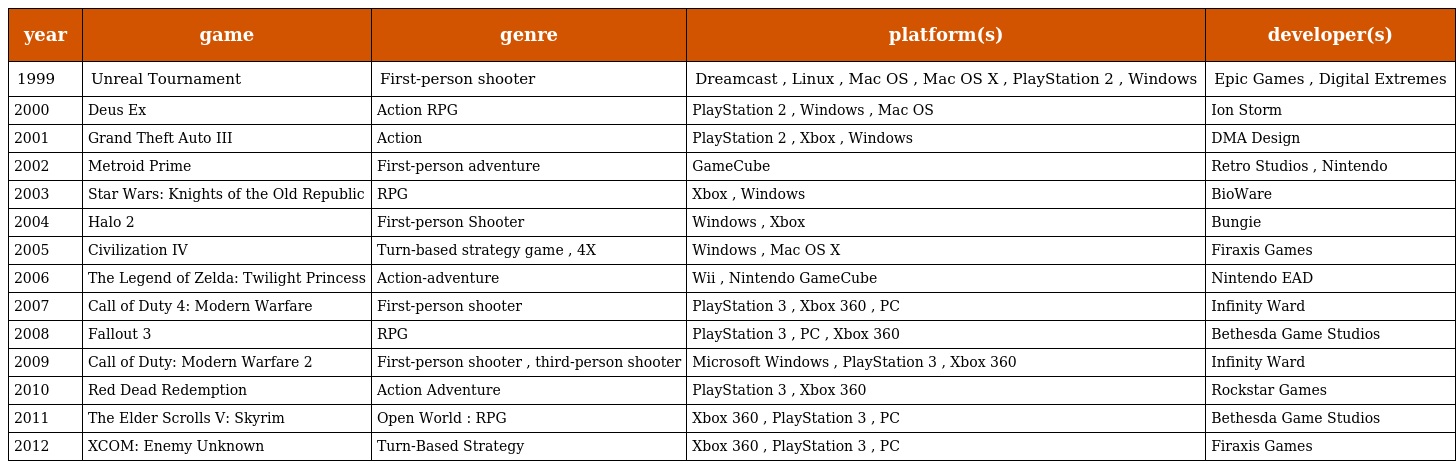
| year | game | genre | platform(s) | developer(s) |
 | --- | --- | --- | --- | --- |
 | 1999 | Unreal Tournament | First-person shooter | Dreamcast , Linux , Mac OS , Mac OS X , PlayStation 2 , Windows | Epic Games , Digital Extremes |
 | 2000 | Deus Ex | Action RPG | PlayStation 2 , Windows , Mac OS | Ion Storm |
 | 2001 | Grand Theft Auto III | Action | PlayStation 2 , Xbox , Windows | DMA Design |
 | 2002 | Metroid Prime | First-person adventure | GameCube | Retro Studios , Nintendo |
 | 2003 | Star Wars: Knights of the Old Republic | RPG | Xbox , Windows | BioWare |
 | 2004 | Halo 2 | First-person Shooter | Windows , Xbox | Bungie |
 | 2005 | Civilization IV | Turn-based strategy game , 4X | Windows , Mac OS X | Firaxis Games |
 | 2006 | The Legend of Zelda: Twilight Princess | Action-adventure | Wii , Nintendo GameCube | Nintendo EAD |
 | 2007 | Call of Duty 4: Modern Warfare | First-person shooter | PlayStation 3 , Xbox 360 , PC | Infinity Ward |
 | 2008 | Fallout 3 | RPG | PlayStation 3 , PC , Xbox 360 | Bethesda Game Studios |
 | 2009 | Call of Duty: Modern Warfare 2 | First-person shooter , third-person shooter | Microsoft Windows , PlayStation 3 , Xbox 360 | Infinity Ward |
 | 2010 | Red Dead Redemption | Action Adventure | PlayStation 3 , Xbox 360 | Rockstar Games |
 | 2011 | The Elder Scrolls V: Skyrim | Open World : RPG | Xbox 360 , PlayStation 3 , PC | Bethesda Game Studios |
 | 2012 | XCOM: Enemy Unknown | Turn-Based Strategy | Xbox 360 , PlayStation 3 , PC | Firaxis Games |